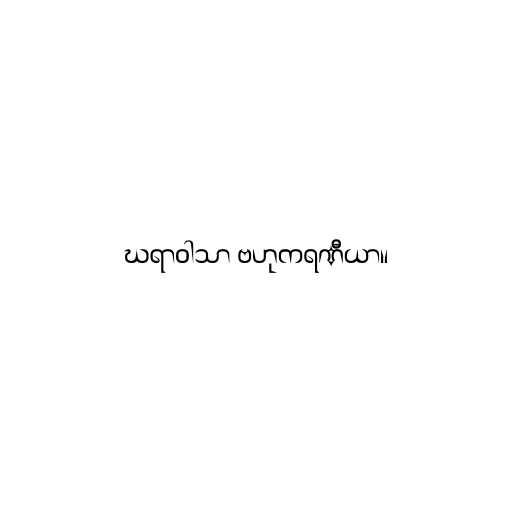
ဃရာဝါသာ ဗဟုကရဏီယာ။